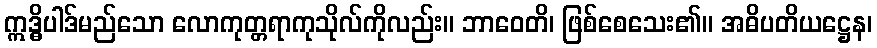
ဣဒ္ဓိပါဒ်မည်သော လောကုတ္တရာကုသိုလ်ကိုလည်း။ ဘာဝေတိ၊ ဖြစ်စေသေး၏။ အဓိပတိယဋ္ဌေန၊